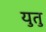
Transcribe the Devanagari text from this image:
युतु